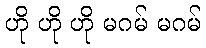
ဟို ဟို ဟို မဂမ် မဂမ်